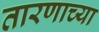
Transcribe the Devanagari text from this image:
तारणाच्या